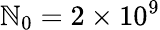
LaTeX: \mathbb{N}_{0}=2\times10^{9}